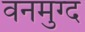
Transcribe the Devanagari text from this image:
वनमुग्द